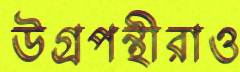
উগ্রপন্থীরাও